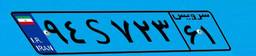
۷۶S۸۸۱۳۰